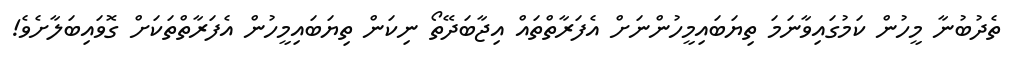
ތެދުބުނާ މީހުން ކަމުގައިވާނަމަ ތިޔަބައިމީހުންނަށް އެފަރާތްތައް އިޖާބަދޭތޯ ނިކަން ތިޔަބައިމީހުން އެފަރާތްތަކަށް ގޮވައިބަލާށެވެ!